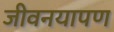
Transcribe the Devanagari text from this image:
जीवनयापण